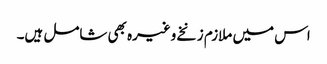
اس میں ملازم زنخے وغیرہ بھی شامل ہیں۔